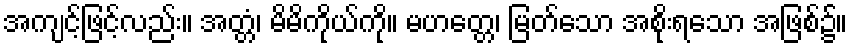
အကျင့်ဖြင့်လည်း။ အတ္တံ၊ မိမိကိုယ်ကို။ မဟတ္တေ၊ မြတ်သော အစိုးရသော အဖြစ်၌။